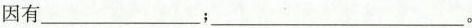
因有___；___。